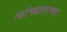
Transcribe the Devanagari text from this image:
त्यांच्यावरच्या